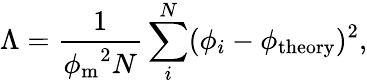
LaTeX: \Lambda=\frac{1}{{\phi_{\mathrm{m}}}^{2}N}\sum_{i}^{N}(\phi_{i}-\phi_{\mathrm{theory}})^{2},